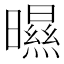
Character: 㬤